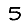
Digit: 5